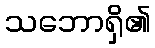
သဘောရှိ၏